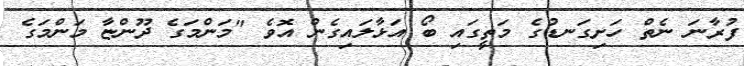
ފުރާނަ ނެތް ހަށިގަނޑުގެ މަތީގައި ބޯ އަޅާލައިގެން އޮވެ "މަންމަގެ ދޫންޏާ މަންމަގެ